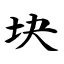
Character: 块